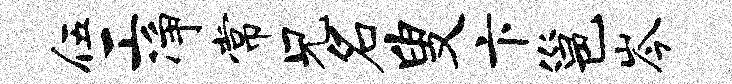
伍工净常兄名叟卞邕岑